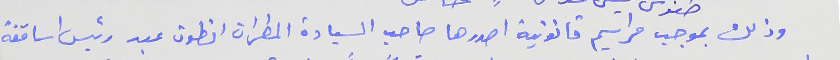
وذلك بموجب مراسيم قانونية اصدرها صاحب السيادة المطران انطون عبد رئيس اساقفة